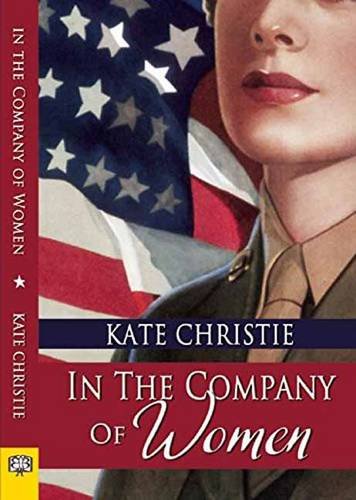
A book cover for In the Company of Women; Kate Christie; Romance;